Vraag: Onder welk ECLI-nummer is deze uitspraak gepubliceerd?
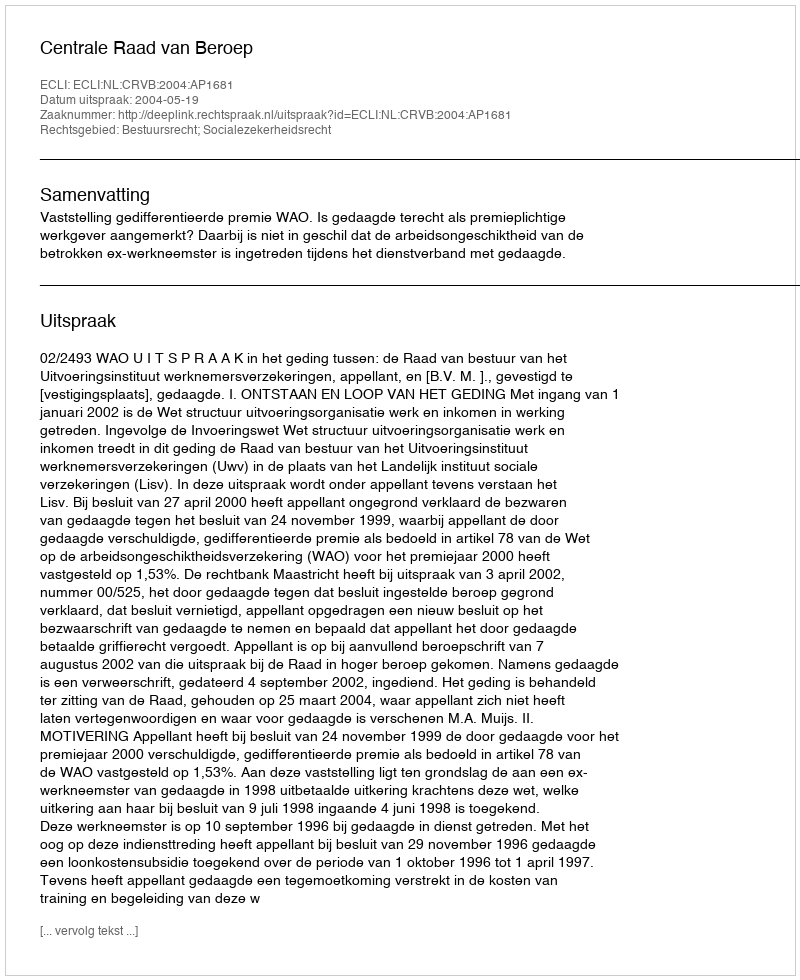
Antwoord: ECLI:NL:CRVB:2004:AP1681